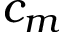
c _ { m }